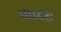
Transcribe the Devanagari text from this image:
फादरः